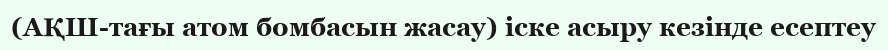
(АҚШ-тағы атом бомбасын жасау) іске асыру кезінде есептеу